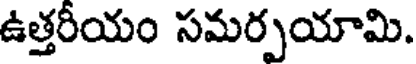
ఉత్తరీయం సమర్పయామి.